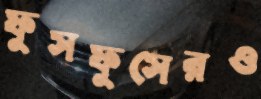
ফুসফুসেরও